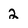
Character: 2